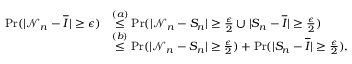
\begin{array} { r l } { \operatorname* { P r } ( | \mathcal { N } _ { n } - \overline { { I } } | \geq \epsilon ) } & { \overset { ( a ) } \leq \operatorname* { P r } ( | \mathcal { N } _ { n } - S _ { n } | \geq \frac { \epsilon } { 2 } \cup | S _ { n } - \overline { { I } } | \geq \frac { \epsilon } { 2 } ) } \\ & { \overset { ( b ) } \leq \operatorname* { P r } ( | \mathcal { N } _ { n } - S _ { n } | \geq \frac { \epsilon } { 2 } ) + \operatorname* { P r } ( | S _ { n } - \overline { { I } } | \geq \frac { \epsilon } { 2 } ) , } \end{array}